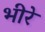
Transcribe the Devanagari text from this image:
भीरे